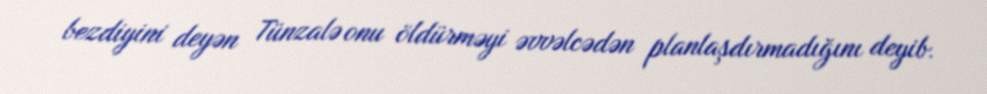
bezdiyini deyən Tünzalə onu öldürməyi əvvəlcədən planlaşdırmadığını deyib.